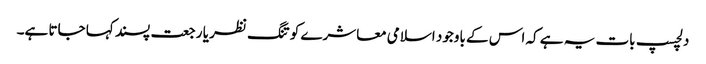
دلچسپ بات یہ ہے کہ اس کے باوجود اسلامی معاشرے کو تنگ نظر یا رجعت پسند کہا جاتا ہے۔